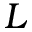
L